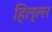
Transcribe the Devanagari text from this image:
हिल्लर